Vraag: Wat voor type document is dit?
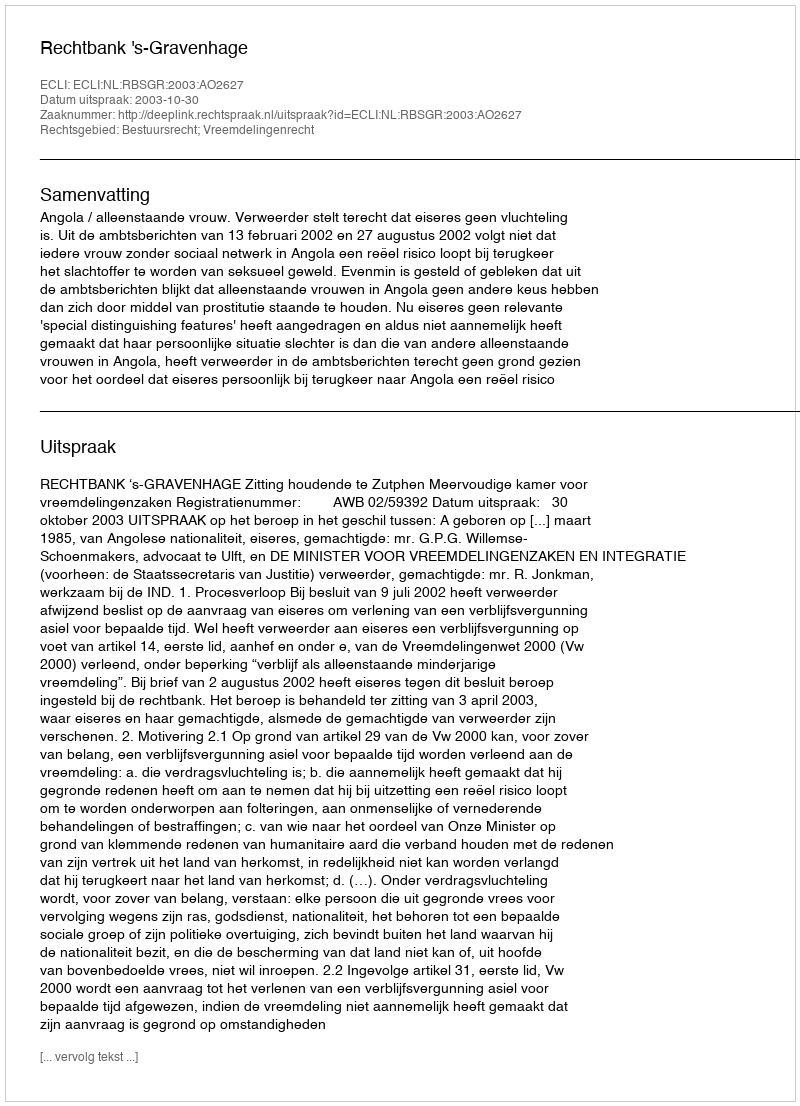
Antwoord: Uitspraak